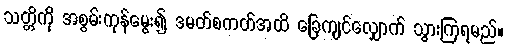
သတ္တိကို အစွမ်းကုန်မွေး၍ ဒမတ်စကတ်အထိ ခြေကျင်လျှောက် သွားကြရမည်။